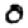
Digit: 0